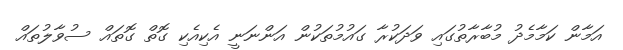
އަމާން ކަމާމެދު މުބާރާތުގައި ވަދަކުރާ ގައުމުތަކުން އަންނަނީ އެކިއެކި ގޮތް ގޮތައް ސުވާލުތައް